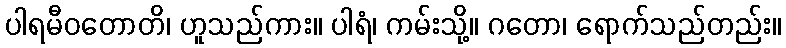
ပါရမီဝတောတိ၊ ဟူသည်ကား။ ပါရံ၊ ကမ်းသို့။ ဂတော၊ ရောက်သည်တည်း။